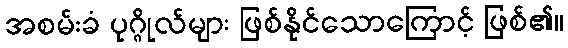
အစမ်းခံ ပုဂ္ဂိုလ်များ ဖြစ်နိုင်သောကြောင့် ဖြစ်၏။